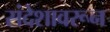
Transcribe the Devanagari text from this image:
संदेशावरून